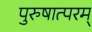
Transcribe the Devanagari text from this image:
पुरुषात्परम्